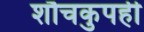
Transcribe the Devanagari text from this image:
शौचकुपही